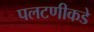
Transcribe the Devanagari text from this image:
पलटणीकडे